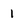
Character: 1